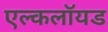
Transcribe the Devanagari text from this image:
एल्कलॉयड